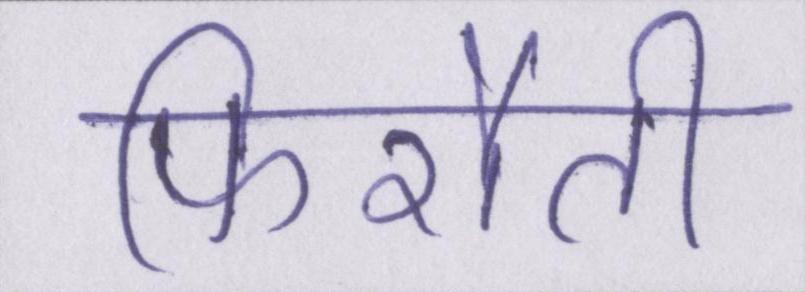
फिरौती